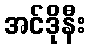
အင်ဒိုနီး